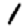
Digit: 1